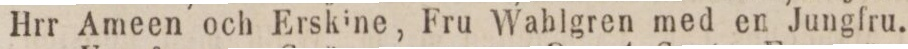
Hrr Ameen och Erskine, Fru Wahlgren med en Jungfru.